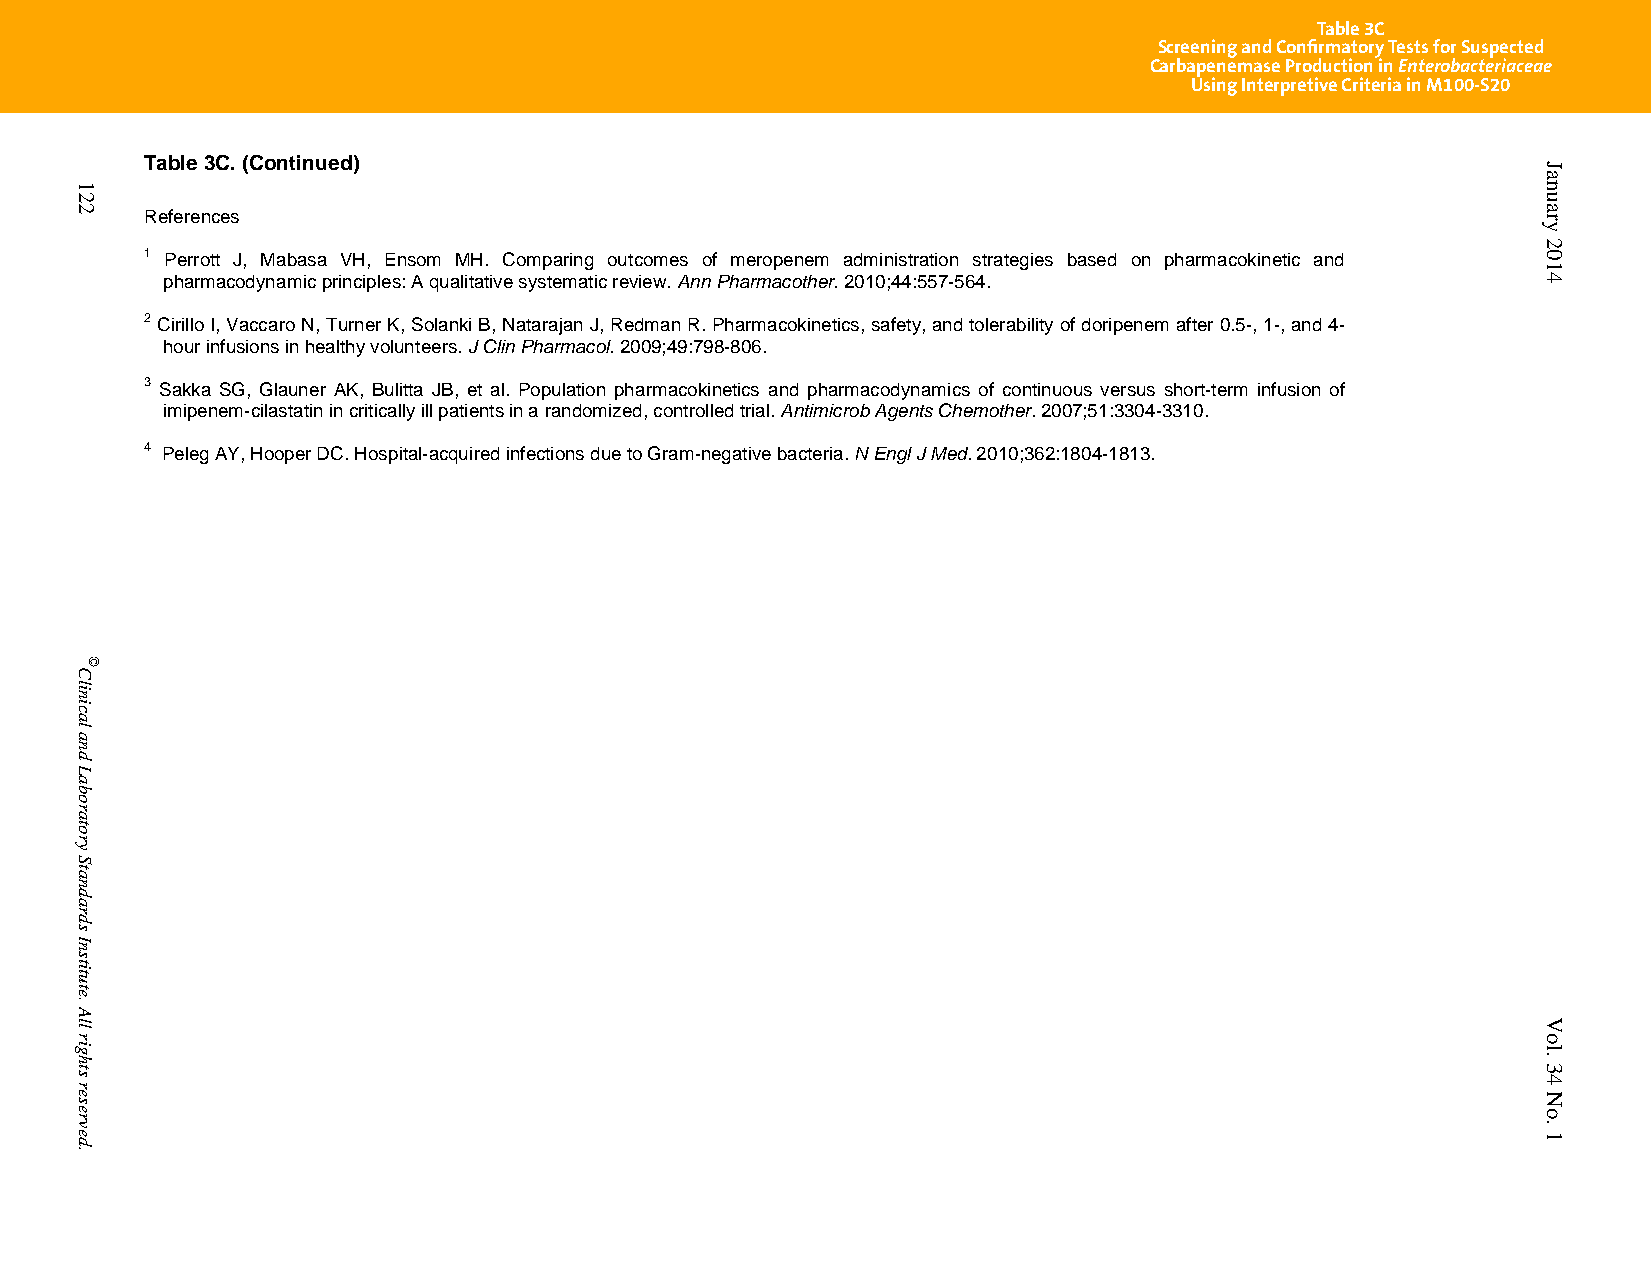
Table 3C
 Screening and Confirmatory Tests for Suspected
 Carbapenemase Production in Enterobacteriaceae
 Using Interpretive Criteria in M100-S20
 Table 3C. (Continued)
 References
 1 Perrott J, Mabasa VH, Ensom MH. Comparing outcomes of meropenem administration strategies based on pharmacokinetic and
 pharmacodynamic principles: A qualitative systematic review. Ann Pharmacother. 2010;44:557-564.
 2 Cirillo I, Vaccaro N, Turner K, Solanki B, Natarajan J, Redman R. Pharmacokinetics, safety, and tolerability of doripenem after 0.5-, 1-, and 4-
 hour infusions in healthy volunteers. J Clin Pharmacol. 2009;49:798-806.
 3 Sakka SG, Glauner AK, Bulitta JB, et al. Population pharmacokinetics and pharmacodynamics of continuous versus short-term infusion of
 imipenem-cilastatin in critically ill patients in a randomized, controlled trial. Antimicrob Agents Chemother. 2007;51:3304-3310.
 4 Peleg AY, Hooper DC. Hospital-acquired infections due to Gram-negative bacteria. N Engl J Med. 2010;362:1804-1813.
 PublishedOn1/1/2014. Thisdocumentisprotectedbycopyright.
 122
 Clinical
 and
 Laboratory
 Standards
 Institute.
 All
 rights
 reserved.
 ©
 January
 2014
 Vol.
 34
 No.
 1